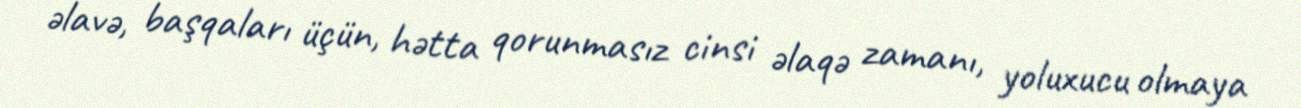
əlavə, başqaları üçün, hətta qorunmasız cinsi əlaqə zamanı, yoluxucu olmaya